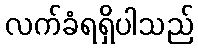
လက်ခံရရှိပါသည်